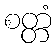
စတ္တံ